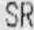
SR